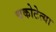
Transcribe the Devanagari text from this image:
चकोटेत्या